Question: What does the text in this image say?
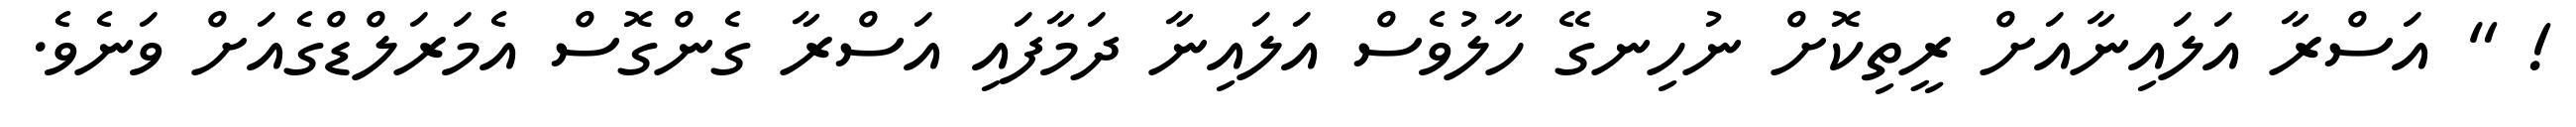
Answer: ! " އަސްރާ އަލައިނާއަށް ރީތިކޮށް ނުހިނގޭ ހާލުވެސް އަލައިނާ ދަމާފައި އަސްރާ ގެންގޮސް އެމަރަލްޑްގެއަށް ވަނެވެ.